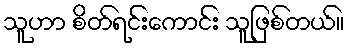
သူဟာ စိတ်ရင်းကောင်း သူဖြစ်တယ်။